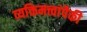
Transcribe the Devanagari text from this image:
व्यक्तिमत्त्वांपैकी